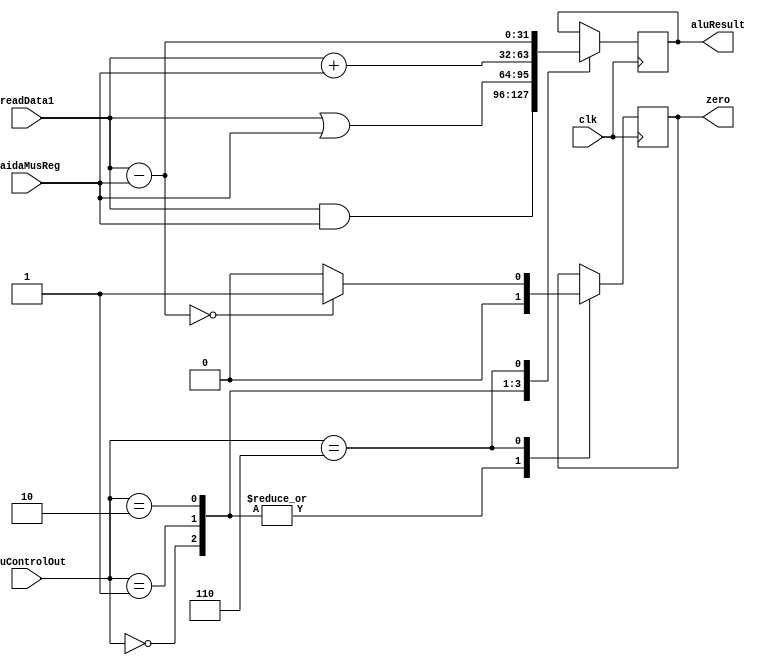
module alu (
    input wire clk,
    input wire [31:0] readData1,
    input wire [31:0] saidaMusReg,
    input wire [3:0] aluControlOut,
    output reg zero,
    output reg [31:0] aluResult
);

    always @(posedge clk) begin 
        case (aluControlOut)
            4'b0000: begin
                aluResult = readData1 & saidaMusReg;
                zero = 1'b0;
            end
            4'b0001: begin
                aluResult = readData1 | saidaMusReg;
                zero = 1'b0;
            end
            4'b0010: begin
                aluResult = readData1 + saidaMusReg;
                zero = 1'b0;
            end
            4'b0110: begin
                aluResult = readData1 - saidaMusReg;
                if (aluResult == 0) begin
                    zero = 1'b1;
                end
                else begin
                    zero = 1'b0;
                end
            end
        endcase     
    end 
endmodule